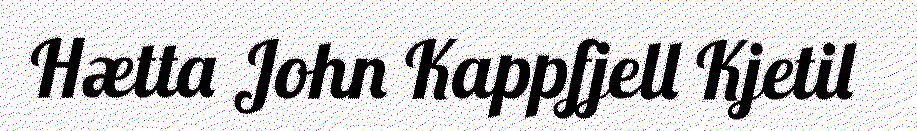
Hætta John Kappfjell Kjetil